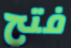
فتح